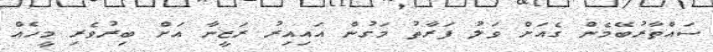
ސައްތާރުބޭމެން ގެއަށް ވަލު ފަރާތު މަގުން އައިއިރު ރަޒީނާ އަށް ބިރުވެރި މީހެއް